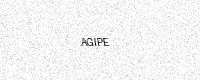
Text: AGIPE